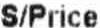
S/PRICE